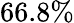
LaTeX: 66.8\%